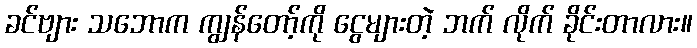
ခင်ဗျား သဘောက ကျွန်တော့်ကို ငွေများတဲ့ ဘက် လိုက် ခိုင်းတာလား။